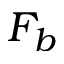
F _ { b }